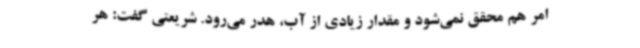
امر هم محقق نمی‌شود و مقدار زیادی از آب، هدر می‌رود. شریعتی گفت: هر